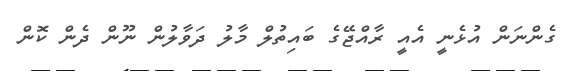
ގެންނަން އުޅެނީ އެއީ ރާއްޖޭގެ ބައިތުލް މާލު ދަވާލުން ނޫން ދެން ކޮން